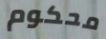
محكوم